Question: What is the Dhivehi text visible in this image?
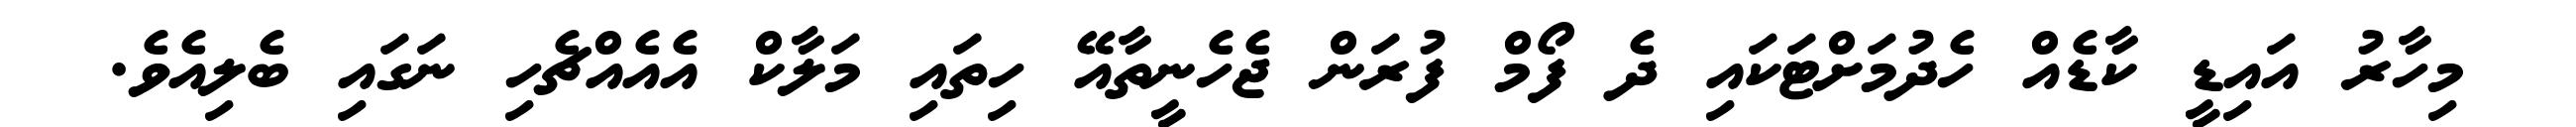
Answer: މިހާރު އައިޑީ ކާޑެއް ހެދުމަށްޓަކައި ދެ ފޯމް ފުރަން ޖެހެނީތާއޭ ހިތައި މަލާކް އެއެއްޗެހި ނަގައި ބެލިއެވެ.